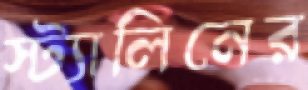
স্ট্যালিনের